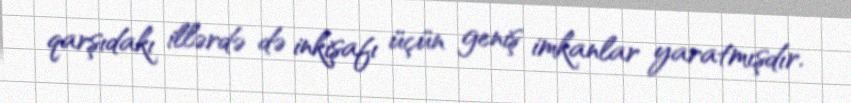
qarşıdakı illərdə də inkişafı üçün geniş imkanlar yaratmışdır.